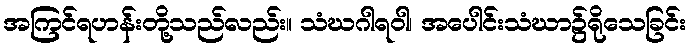
အကြင်ရဟန်းတို့သည်လည်း။ သံဃဂါရဝါ၊ အပေါင်းသံဃာ၌ရိုသေခြင်း